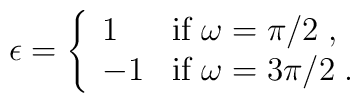
\epsilon=\left\{\begin{array}{ll} 1&\mbox{if $\omega=\pi/2$}\;,\\-1&\mbox{if $\omega=3\pi/2$}\;.\end{array}\right.